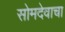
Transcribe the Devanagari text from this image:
सोमदेवाचा